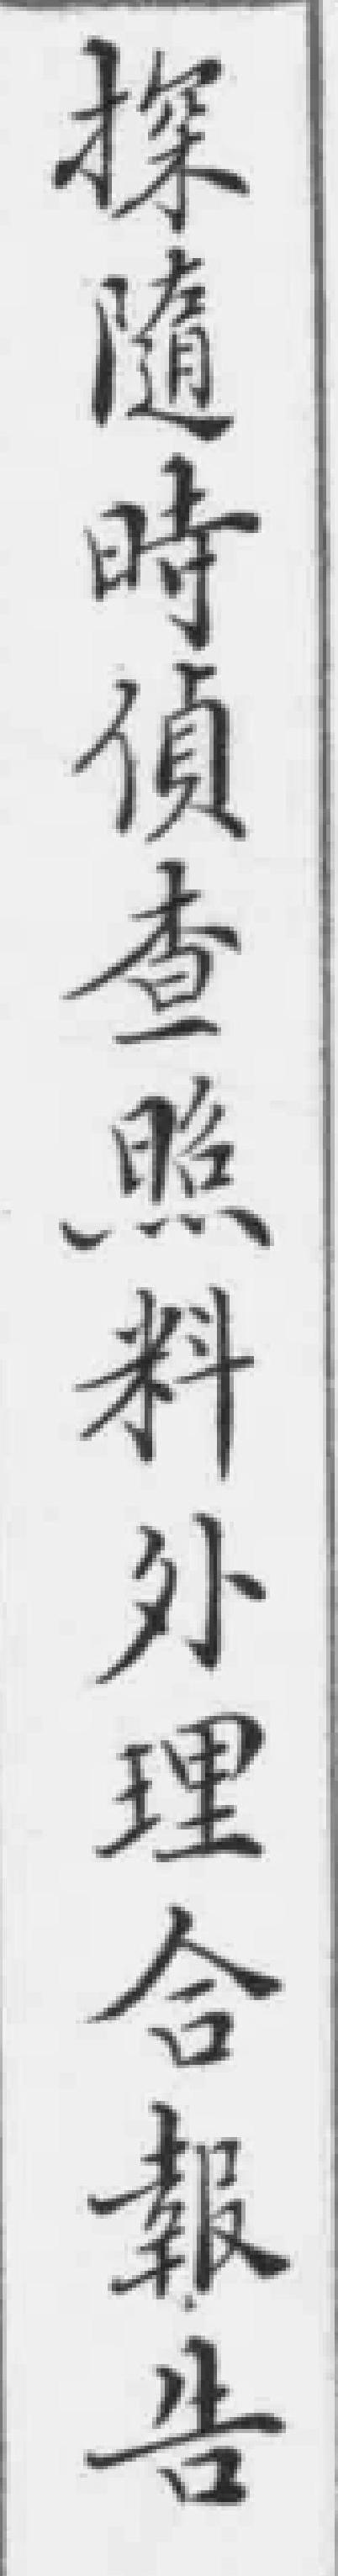
探隨時偵查照料外理合報告